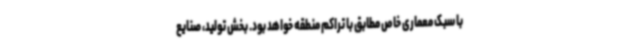
با سبک معماری خاص مطابق با تراکم منطقه خواهد بود. بخش تولید، صنایع